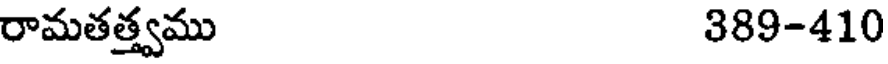
రామతత్త్వము 389-410